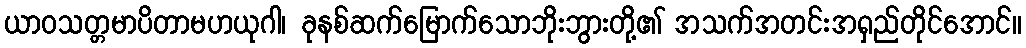
ယာဝသတ္တမာပိတာမဟယုဂါ၊ ခုနစ်ဆက်မြောက်သောဘိုးဘွားတို့၏ အသက်အတင်းအရှည်တိုင်အောင်။